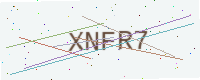
Text: XNFR7